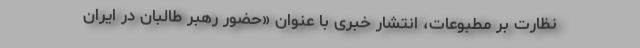
نظارت بر مطبوعات، انتشار خبری با عنوان «حضور رهبر طالبان در ایران